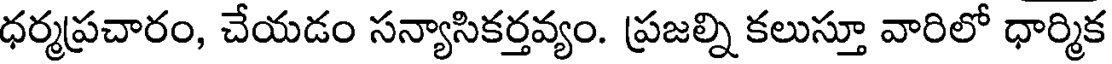
ధర్మప్రచారం, చేయడం సన్యాసికర్తవ్యం. ప్రజల్ని కలుస్తూ వారిలో ధార్మిక